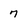
Character: 7